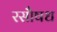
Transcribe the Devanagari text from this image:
रसौषध